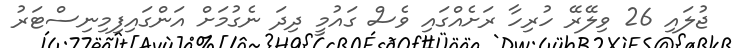
ޖުލައި 26 ވިލޭރޭ ހުރިހާ ރަށެއްގައި ވެސް ގައުމީ ދިދަ ނެގުމަށް އަންގައިފިމިނިސްޓަރު